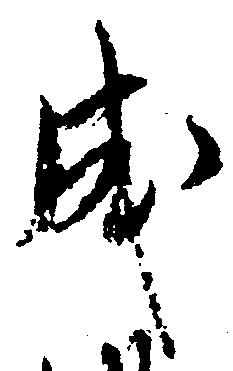
成